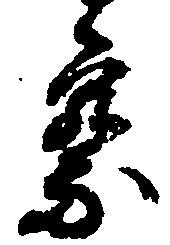
察